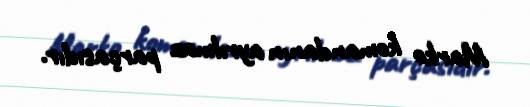
Marko komandanın ayrılmaz parçasıdır.